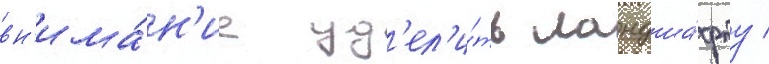
вн'има́н'ие уд'ел'и́ть ландша́фту /